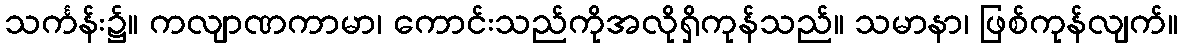
သင်္ကန်း၌။ ကလျာဏကာမာ၊ ကောင်းသည်ကိုအလိုရှိကုန်သည်။ သမာနာ၊ ဖြစ်ကုန်လျက်။